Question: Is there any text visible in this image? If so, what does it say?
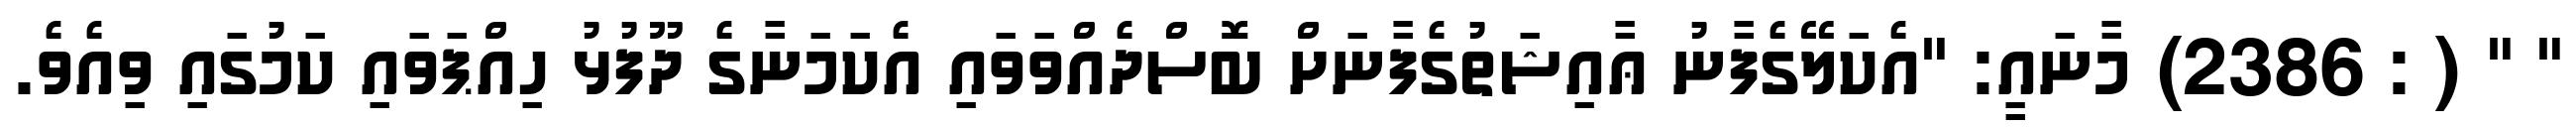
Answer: " " ( : 2386) މާނައީ: "އެކަލޭގެފާނު ޢާއިޝަތުގެފާނަށް ބޮސްދެއްވަވައި އެކަމަނާގެ ދޫފުޅު ހިއްޕަވައި ކަމުގައި ވިއެވެ.